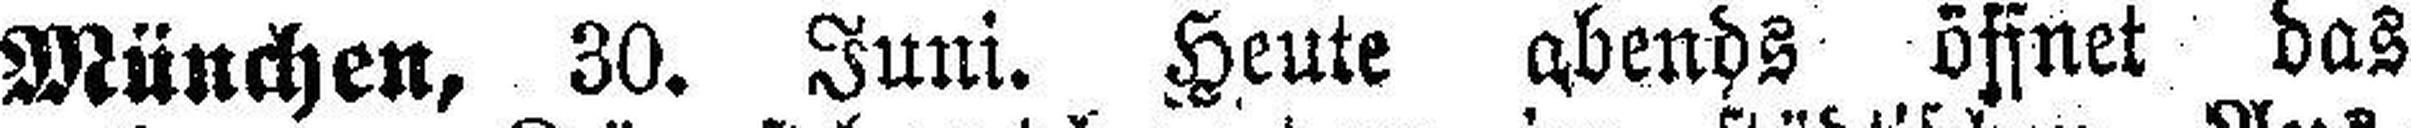
München, 30. Juni. Heute abends öffnet das